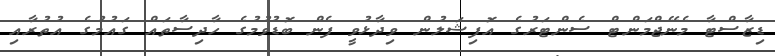
ޑިޒާސްޓާ މެނޭޖްމަންޓް ސެންޓަރުގެ އޮފިޝަލުން ވިދާޅުވީ ފެން ބޮޑުވުމުގެ ހާދިސާތައް ގައުމުގެ އުތުރާއި